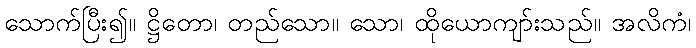
သောက်ပြီး၍။ ဋ္ဌိတော၊ တည်သော။ သော၊ ထိုယောကျာ်းသည်။ အလိကံ၊